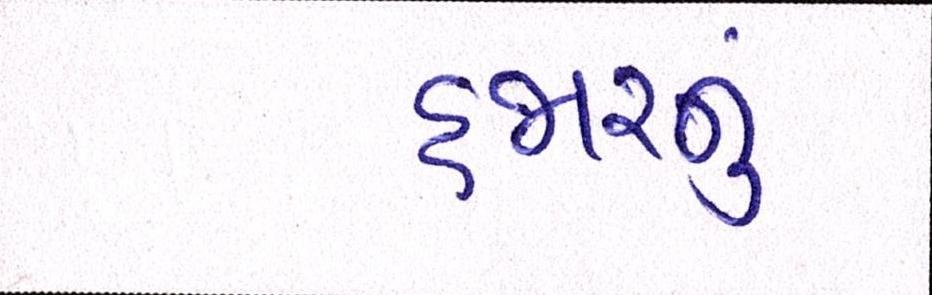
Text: હજારનું